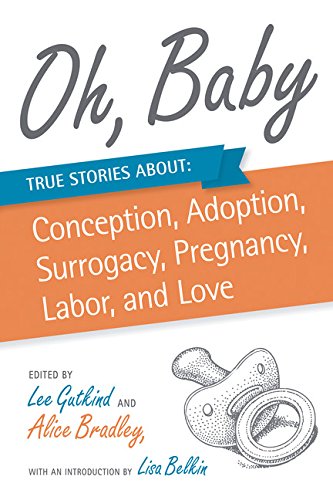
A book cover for Oh, Baby: True Stories About Conception, Adoption, Surrogacy, Pregnancy, Labor, and Love; Parenting & Relationships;